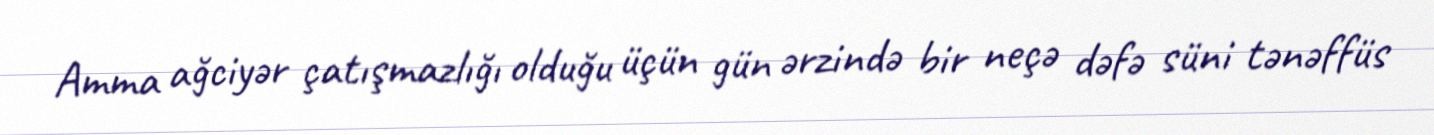
Amma ağciyər çatışmazlığı olduğu üçün gün ərzində bir neçə dəfə süni tənəffüs